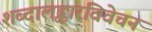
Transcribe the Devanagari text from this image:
शब्दालङ्कारविवेचन